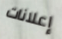
إعلانات